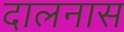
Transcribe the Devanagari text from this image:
दालनास